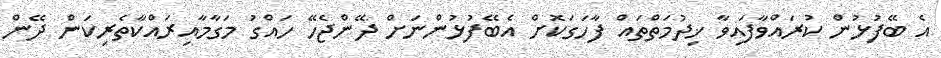
އެ ބޭފުޅުން ކުރައްވާފައިވާ ޚިދުމަތްތައް ފާހަގަކޮށް އެބޭފުޅުންނަށް ދޭންޖެހޭ ހައްގު މަގާމާއިރައްކާތެރިކަން ދޭން